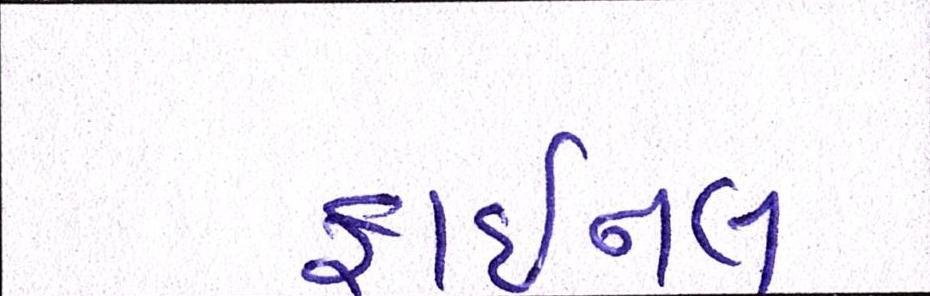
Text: ફાઈનલ